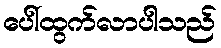
ပေါ်ထွက်လာပါသည်